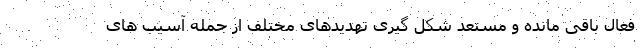
فعال باقی مانده و مستعد شکل گیری تهدیدهای مختلف از جمله آسیب های